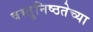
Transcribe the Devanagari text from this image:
वस्तुनिष्ठतेच्या